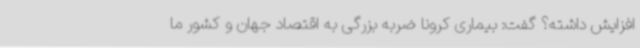
افزایش داشته؟ گفت: بیماری کرونا ضربه بزرگی به اقتصاد جهان و کشور ما